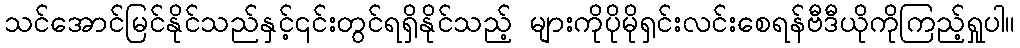
သင်အောင်မြင်နိုင်သည်နှင့်၎င်းတွင်ရရှိနိုင်သည့် များကိုပိုမိုရှင်းလင်းစေရန်ဗီဒီယိုကိုကြည့်ရှုပါ။